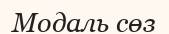
Модаль сөз